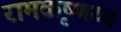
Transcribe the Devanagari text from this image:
रामकृष्णय्य